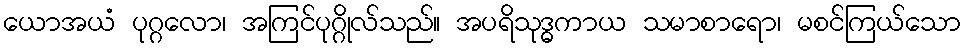
ယောအယံ ပုဂ္ဂလော၊ အကြင်ပုဂ္ဂိုလ်သည်။ အပရိသုဒ္ဓကာယ သမာစာရော၊ မစင်ကြယ်သော